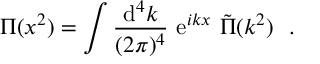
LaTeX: { \Pi } ( x ^ { 2 } ) = \int { \frac { \mathrm { d } ^ { 4 } k } { ( 2 \pi ) ^ { 4 } } } \ \mathrm { e } ^ { i k x } \ \tilde { \Pi } ( k ^ { 2 } ) \ \ .